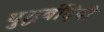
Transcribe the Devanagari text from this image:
युद्धबंदियो